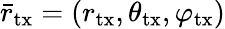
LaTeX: \bar{r}_{\mathrm{tx}}=(r_{\mathrm{tx}},\theta_{\mathrm{tx}},\varphi_{\mathrm{tx}})